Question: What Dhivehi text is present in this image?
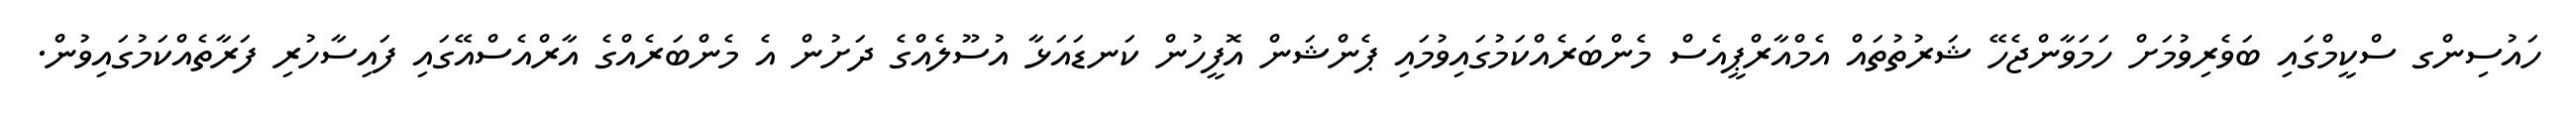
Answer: ހައުސިންގ ސްކީމްގައި ބަވެރިވުމަށް ހަމަވާންޖެހޭ ޝަރުތުތައް އެމްއާރްޕީއެސް މެންބަރެއްކަމުގައިވުމައި ޕެންޝަން އޮފީހުން ކަނޑައަޅާ އުސޫލެއްގެ ދަށުން އެ މެންބަރެއްގެ އާރްއެސްއޭގައި ފައިސާހުރި ފަރާތެއްކަމުގައިވުން.